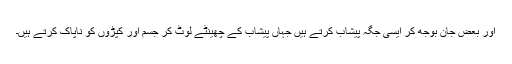
اور بعض جان بوجھ کر ایسی جگہ پیشاب کرتے ہیں جہاں پیشاب کے چھینٹے لوٹ کر جسم اور کپڑوں کو ناپاک کرتے ہیں۔